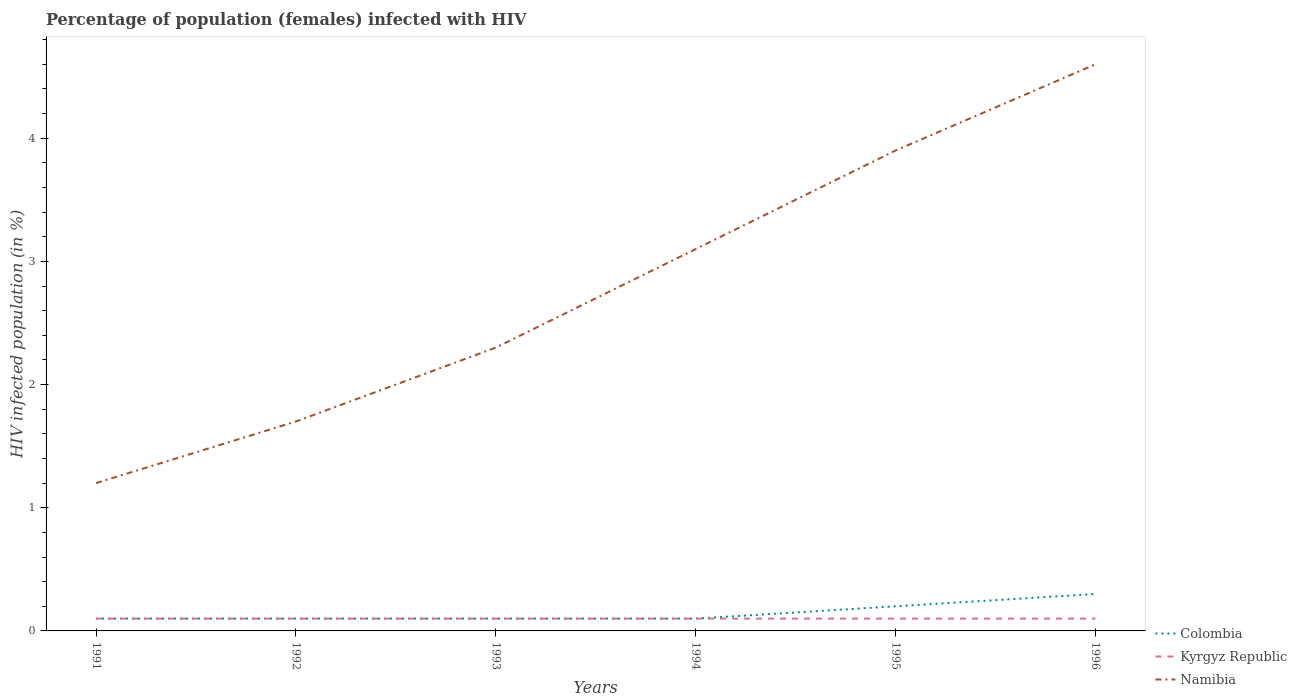
| Years | Colombia | Kyrgyz Republic | Namibia |
 | --- | --- | --- | --- |
 | 1991 | 0.1 | 0.1 | 1.2 |
 | 1992 | 0.1 | 0.1 | 1.7 |
 | 1993 | 0.1 | 0.1 | 2.3 |
 | 1994 | 0.1 | 0.1 | 3.1 |
 | 1995 | 0.2 | 0.1 | 3.9 |
 | 1996 | 0.3 | 0.1 | 4.6 |